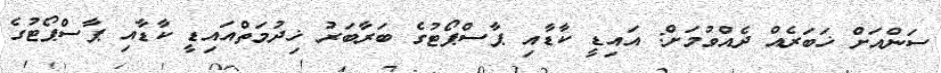
ސަންއަށް ޚަބަރެއް ދެއްވުމަށް: އައިޑީ ކާޑާއި ޕާސްޕޯޓުގެ ބަރާބަރު ޚިދުމަތްއައިޑީ ކާޑާއި ޕާސްޕޯޓުގެ